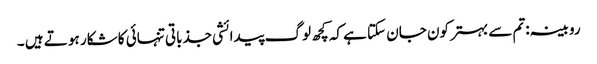
روبینہ:تم سے بہتر کون جان سکتا ہے کہ کچھ لوگ پیدائشی جذباتی تنہائی کا شکار ہو تے ہیں ۔